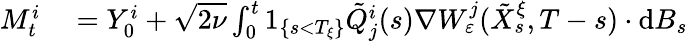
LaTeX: \begin{array}{rl}{M_{t}^{i}}&{{}=Y_{0}^{i}+\sqrt{2\nu}\int_{0}^{t}1_{\{ s<T_{\xi}\} }\tilde{Q}_{j}^{i}(s)\nabla W_{\varepsilon}^{j}(\tilde{X}_{s}^{\xi},T-s)\cdot\textrm{d}B_{s}}\end{array}